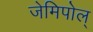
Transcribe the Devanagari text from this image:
जेमिपोल्